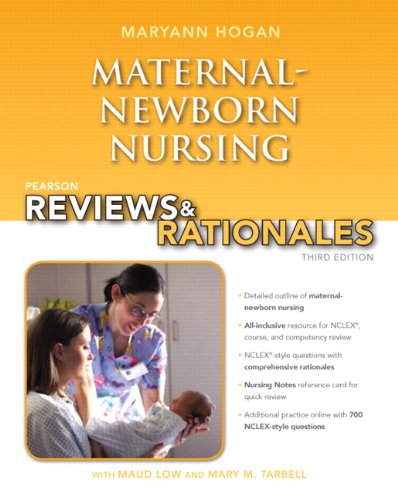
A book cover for Pearson Reviews & Rationales: Maternal-Newborn Nursing with Nursing Reviews & Rationales (3rd Edition); MaryAnn Hogan; Test Preparation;